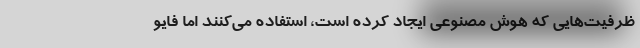
ظرفیت‌هایی که هوش مصنوعی ایجاد کرده است، استفاده می‌کنند اما فایو